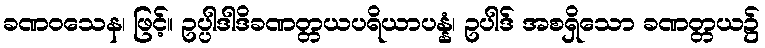
ခဏဝသေန၊ ဖြင့်။ ဥပ္ပါဒါဒိခဏတ္တယပရိယာပန္နံ၊ ဥပါဒ် အစရှိသော ခဏတ္တယ၌